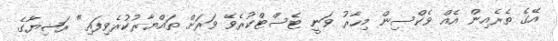
އޭގެ ތެރެއިން އެއް ވެކްސިން މިހާރު ވަނީ ޓެސްޓްކުރެވޭ ވަރަށް ތައްޔާރުކުރެވިފައި" ރަޝިޔާގެ